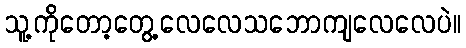
သူ့ကိုတော့တွေ့လေလေသဘောကျလေလေပဲ။